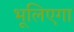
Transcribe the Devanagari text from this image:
भूलिएगा